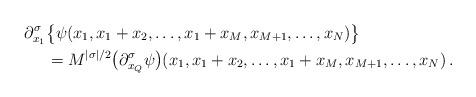
LaTeX: \begin{align*} \partial_{x_1}^{\sigma}&\big\{\psi(x_1,x_1+x_2,\ldots,x_1+x_M,x_{M+1},\ldots,x_N)\big\} \\&=M^{|\sigma|/2}\big(\partial_{x_Q}^{\sigma}\psi\big)(x_1,x_1+x_2,\ldots,x_1+x_M,x_{M+1},\ldots,x_N)\,.\end{align*}